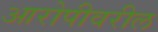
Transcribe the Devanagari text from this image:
आरोपीवरील